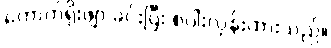
ကောက်ရိုးဖျာ ခင်းပြီး စပါးလှန်းထားသည်။